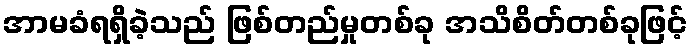
အာမခံရရှိခဲ့သည် ဖြစ်တည်မှုတစ်ခု အသိစိတ်တစ်ခုဖြင့်